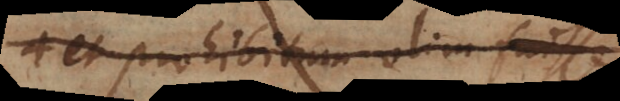
et prohibitum olim fuisse,